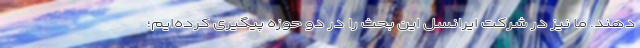
دهند. ما نیز در شرکت ایرانسل این بحث را در دو حوزه پیگیری کرده‌ایم؛